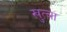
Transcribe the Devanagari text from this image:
ख़ुत़्बा